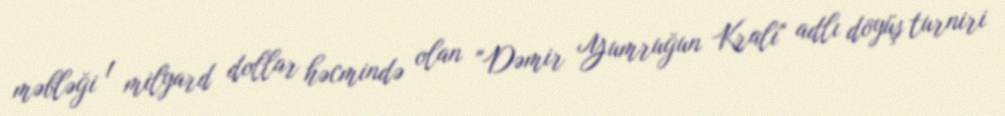
məbləği 1 milyard dollar həcmində olan "Dəmir Yumruğun Kralı" adlı döyüş turniri